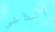
الداعي